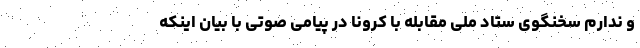
و ندارم سخنگوی ستاد ملی مقابله با کرونا در پیامی صوتی با بیان اینکه